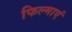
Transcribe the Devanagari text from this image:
फिल्माएं